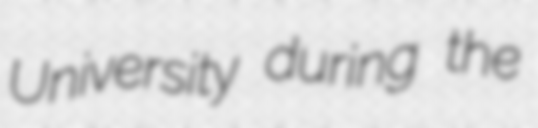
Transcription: University during the